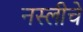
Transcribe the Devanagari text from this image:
नस्लीचे